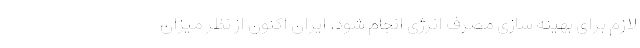
لازم برای بهینه سازی مصرف انرژی انجام شود. ایران اکنون از نظر میزان